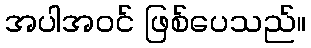
အပါအဝင် ဖြစ်ပေသည်။